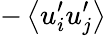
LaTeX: -\left<u_{i}^{\prime}u_{j}^{\prime}\right>